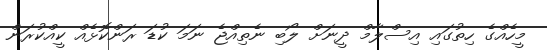
މީހެއްގެ ހިތުގައި އިސްލާމް ދީނަށް ލޯބި ނެތިއްޖެ ނަމަ ކުޑަ ރަންކޮޅެއް ކީއްކުރަން